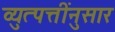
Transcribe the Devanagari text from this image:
व्युत्पत्तींनुसार